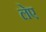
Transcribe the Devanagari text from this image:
लेए